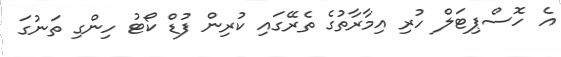
އެ ހޮސްޕިޓަލް ހުރި އިމާރާތުގެ ތެރޭގައި ކުރިން ފުޑް ކޯޓު ހިންގި ތަނުގަ